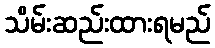
သိမ်းဆည်းထားရမည်